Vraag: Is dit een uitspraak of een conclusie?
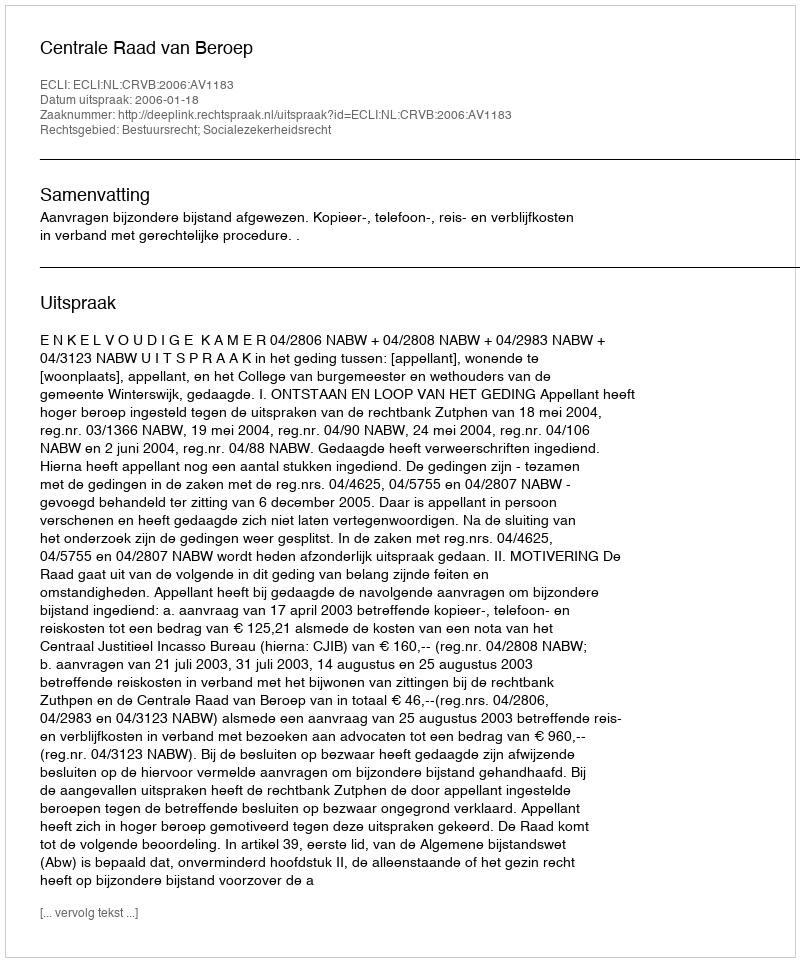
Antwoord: Uitspraak